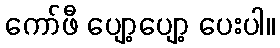
ကော်ဖီ ပျော့ပျော့ ပေးပါ။